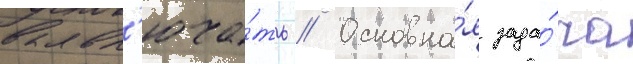
вкл'юча́ть // Основна́я зада́ча